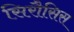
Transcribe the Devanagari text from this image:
सिरौसिस